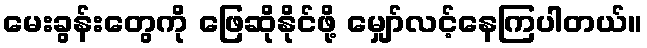
မေးခွန်းတွေကို ဖြေဆိုနိုင်ဖို့ မျှော်လင့်နေကြပါတယ်။